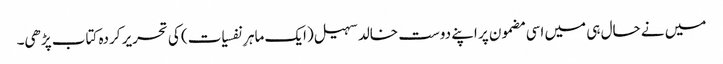
میں نے حال ہی میں اسی مضمون پر اپنے دوست خالد سہیل (ایک ماہرِ نفسیات) کی تحریر کردہ کتاب پڑھی۔